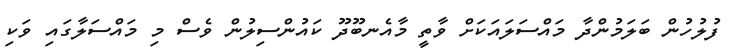
ފުލުހުން ބަލަމުންދާ މައްސަލައަކަށް ވާތީ މާއެނބޫދޫ ކައުންސިލުން ވެސް މި މައްސަލާގައި ވަކި